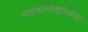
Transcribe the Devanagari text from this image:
माइक्रोस्पेक्ट्रोस्कोपी